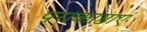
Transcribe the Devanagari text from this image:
पराकाष्ठाएं